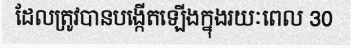
ដែលត្រូវបានបង្កើតឡើងក្នុងរយៈពេល 30